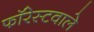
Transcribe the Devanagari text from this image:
फॉरेस्टवाले